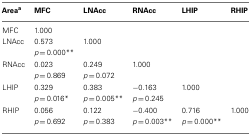
| Areaa | MFC | LNAcc | RNAcc | LHIP | RHIP |
 | --- | --- | --- | --- | --- | --- |
 | MFC | 1.000 |  |  |  |  |
 | LNAcc | 0.573 p = 0.000** | 1.000 |  |  |  |
 | RNAcc | 0.023 p = 0.869 | 0.249 p = 0.072 | 1.000 |  |  |
 | LHIP | 0.329 p = 0.016* | 0.383 p = 0.005** | −0.163 p = 0.245 | 1.000 |  |
 | RHIP | 0.056 p = 0.692 | 0.122 p = 0.383 | −0.400 p = 0.003** | 0.716 p = 0.000** | 1.000 |